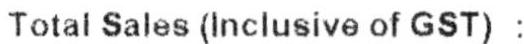
TOTAL SALES (INCLUSIVE OF GST) :